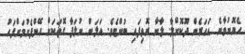
ހެޔޮނުވާނެ އަހަރެން ދޫކޮށްލާ. ލާނާ ރޮވިފައި ބުންޏެވެ. އަލަން ނުލަފާ ގޮތަކަށް ހޭންފެށުމަށްފަހު